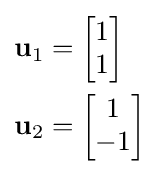
{\begin{aligned}\mathbf {u} _{1}&={\begin{bmatrix}1\\1\end{bmatrix}}\\\mathbf {u} _{2}&={\begin{bmatrix}1\\-1\end{bmatrix}}\end{aligned}}